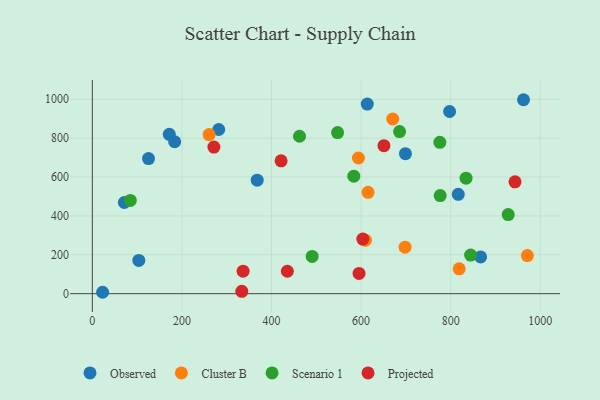
{"axis": {"x": "Distance", "y": "Profit"}, "legend": ["Cluster B", "Observed", "Projected", "Scenario 1"], "data": [{"x": "125.4", "y": 694.9, "type": "Observed"}, {"x": "797.6", "y": 936.9, "type": "Observed"}, {"x": "71.5", "y": 469.0, "type": "Observed"}, {"x": "183.8", "y": 781.5, "type": "Observed"}, {"x": "282.2", "y": 844.4, "type": "Observed"}, {"x": "171.8", "y": 819.4, "type": "Observed"}, {"x": "613.8", "y": 975.2, "type": "Observed"}, {"x": "866.8", "y": 189.3, "type": "Observed"}, {"x": "699.0", "y": 720.1, "type": "Observed"}, {"x": "816.9", "y": 510.9, "type": "Observed"}, {"x": "962.6", "y": 997.5, "type": "Observed"}, {"x": "368.1", "y": 583.9, "type": "Observed"}, {"x": "103.8", "y": 171.3, "type": "Observed"}, {"x": "23.0", "y": 7.3, "type": "Observed"}, {"x": "260.7", "y": 818.4, "type": "Cluster B"}, {"x": "971.2", "y": 196.1, "type": "Cluster B"}, {"x": "615.5", "y": 521.5, "type": "Cluster B"}, {"x": "819.0", "y": 128.0, "type": "Cluster B"}, {"x": "594.0", "y": 697.8, "type": "Cluster B"}, {"x": "698.2", "y": 239.2, "type": "Cluster B"}, {"x": "609.7", "y": 275.4, "type": "Cluster B"}, {"x": "670.7", "y": 898.3, "type": "Cluster B"}, {"x": "547.5", "y": 828.5, "type": "Scenario 1"}, {"x": "462.5", "y": 809.6, "type": "Scenario 1"}, {"x": "583.7", "y": 604.6, "type": "Scenario 1"}, {"x": "844.5", "y": 198.7, "type": "Scenario 1"}, {"x": "834.3", "y": 594.3, "type": "Scenario 1"}, {"x": "776.6", "y": 504.8, "type": "Scenario 1"}, {"x": "775.8", "y": 778.4, "type": "Scenario 1"}, {"x": "490.8", "y": 191.5, "type": "Scenario 1"}, {"x": "928.4", "y": 406.7, "type": "Scenario 1"}, {"x": "685.9", "y": 833.7, "type": "Scenario 1"}, {"x": "84.8", "y": 479.5, "type": "Scenario 1"}, {"x": "595.4", "y": 104.3, "type": "Projected"}, {"x": "271.4", "y": 753.9, "type": "Projected"}, {"x": "603.8", "y": 281.0, "type": "Projected"}, {"x": "943.6", "y": 575.3, "type": "Projected"}, {"x": "421.4", "y": 683.1, "type": "Projected"}, {"x": "333.7", "y": 12.1, "type": "Projected"}, {"x": "651.0", "y": 761.1, "type": "Projected"}, {"x": "336.6", "y": 115.9, "type": "Projected"}, {"x": "435.4", "y": 115.4, "type": "Projected"}]}